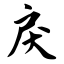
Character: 戾